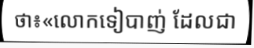
ថា៖«លោកទៀបាញ់ ដែលជា